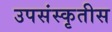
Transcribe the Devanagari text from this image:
उपसंस्कृतीस